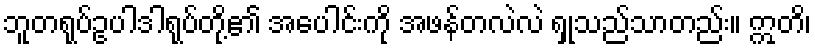
ဘူတရုပ်ဥပါဒါရုပ်တို့၏ အပေါင်းကို အဖန်တလဲလဲ ရှုသည်သာတည်း။ ဣတိ၊